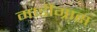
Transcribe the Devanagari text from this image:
मार्डीग्रास